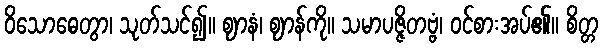
ဝိသောဓေတွာ၊ သုတ်သင်၍။ ဈာနံ၊ ဈာန်ကို။ သမာပဇ္ဇိတဗ္ဗံ၊ ဝင်စားအပ်၏။ စိတ္တ